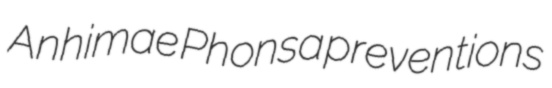
Anhimae Phonsa preventions